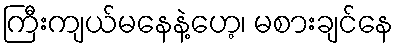
ကြီးကျယ်မနေနဲ့ဟေ့၊ မစားချင်နေ